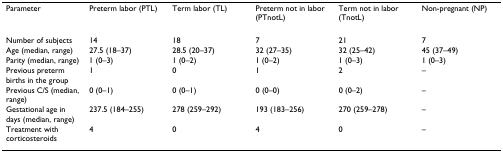
<table><thead><tr><td><b>Parameter</b></td><td><b>Preterm labor (PTL)</b></td><td><b>Term labor (TL)</b></td><td><b>Preterm not in labor (PTnotL)</b></td><td><b>Term not in labor (TnotL)</b></td><td><b>Non-pregnant (NP)</b></td></tr></thead><tbody><tr><td>Number of subjects</td><td>14</td><td>18</td><td>7</td><td>21</td><td>7</td></tr><tr><td>Age (median, range)</td><td>27.5 (18–37)</td><td>28.5 (20–37)</td><td>32 (27–35)</td><td>32 (25–42)</td><td>45 (37–49)</td></tr><tr><td>Parity (median, range)</td><td>1 (0–3)</td><td>1 (0–2)</td><td>1 (0–2)</td><td>1 (0–3)</td><td>1 (0–3)</td></tr><tr><td>Previous preterm births in the group</td><td>1</td><td>0</td><td>1</td><td>2</td><td>–</td></tr><tr><td>Previous C/S (median, range)</td><td>0 (0–1)</td><td>0 (0–1)</td><td>0 (0–0)</td><td>0 (0–2)</td><td>–</td></tr><tr><td>Gestational age in days (median, range)</td><td>237.5 (184–255)</td><td>278 (259–292)</td><td>193 (183–256)</td><td>270 (259–278)</td><td>–</td></tr><tr><td>Treatment with corticosteroids</td><td>4</td><td>0</td><td>4</td><td>0</td><td>–</td></tr></tbody></table>